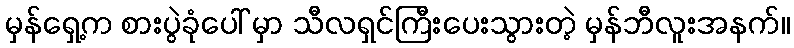
မှန်ရှေ့က စားပွဲခုံပေါ် မှာ သီလရှင်ကြီးပေးသွားတဲ့ မှန်ဘီလူးအနက်။